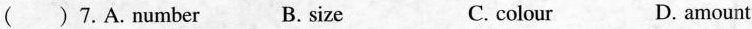
() 7.A.number B. size C. colour D. amount